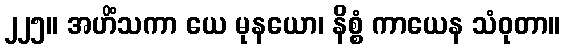
၂၂၅။ အဟိံသကာ ယေ မုနယော၊ နိစ္စံ ကာယေန သံဝုတာ။